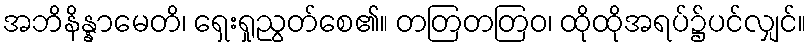
အဘိနိန္နာမေတိ၊ ရှေးရှုညွတ်စေ၏။ တတြတတြဝ၊ ထိုထိုအရပ်၌ပင်လျှင်။